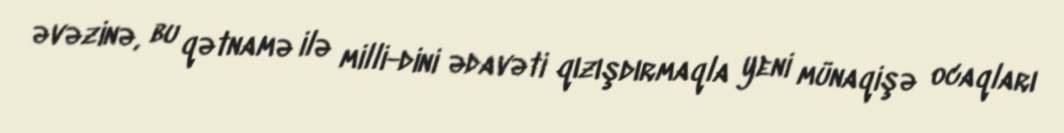
əvəzinə, bu qətnamə ilə milli-dini ədavəti qızışdırmaqla yeni münaqişə ocaqları